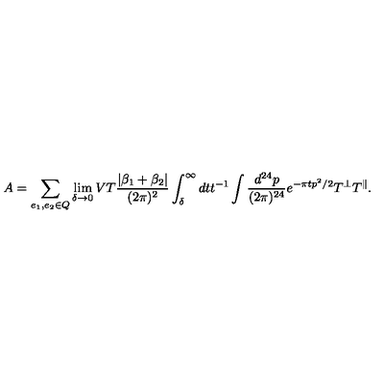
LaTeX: A = \sum _ { e _ { 1 } , e _ { 2 } \in Q } \lim _ { \delta \rightarrow 0 } V T { \frac { | \beta _ { 1 } + \beta _ { 2 } | } { ( 2 \pi ) ^ { 2 } } } \int _ { \delta } ^ { \infty } d t t ^ { - 1 } \int { \frac { d ^ { 2 4 } p } { ( 2 \pi ) ^ { 2 4 } } } e ^ { - \pi t p ^ { 2 } / 2 } T ^ { \perp } T ^ { \parallel } .